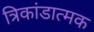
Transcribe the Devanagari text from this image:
त्रिकांडात्मक